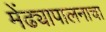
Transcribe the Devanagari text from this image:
मेंढ्यापालनाचा